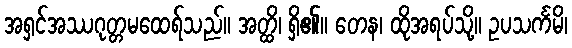
အရှင်အဿဂုတ္တမထေရ်သည်။ အတ္ထိ၊ ရှိ၏။ တေန၊ ထိုအရပ်သို့။ ဥပသင်္ကမိ၊